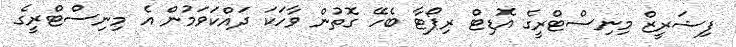
ފިޝަރީޒް މިނިސްޓްރީގެ އޮޑިޓް ރިޕޯޓާ ބެހޭ ގޮތުން ވާހަކަ ދައްކަވަމުން އެ މިނިސްޓްރީގެ